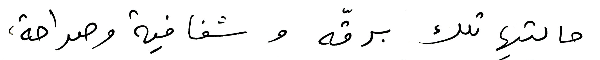
حالتها تلك برقّه وشفافية وصراحة،